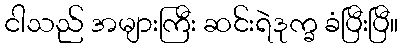
ငါသည် အများကြီး ဆင်းရဲဒုက္ခ ခံပြီးပြီ။